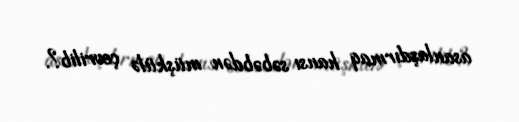
asanlaşdırmaq hansı səbəbdən müşkülə çevrilib?.